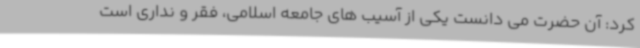
کرد: آن حضرت می دانست یکی از آسیب های جامعه اسلامی، فقر و نداری است